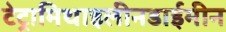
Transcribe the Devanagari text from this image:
टेट्रामिथाइलीनडाईमीन